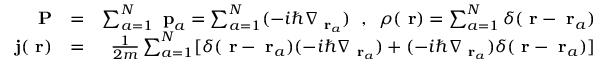
\begin{array} { r l r } { \mathrm { \bf ~ P } } & { = } & { \sum _ { a = 1 } ^ { N } \mathrm { \bf ~ p } _ { a } = \sum _ { a = 1 } ^ { N } ( - i \hbar \nabla _ { \mathrm { \bf ~ r } _ { a } } ) \; \; , \; \; \rho ( \mathrm { \bf ~ r } ) = \sum _ { a = 1 } ^ { N } \delta ( \mathrm { \bf ~ r } - \mathrm { \bf ~ r } _ { a } ) } \\ { \mathrm { \bf ~ j } ( \mathrm { \bf ~ r } ) } & { = } & { \frac { 1 } { 2 m } \sum _ { a = 1 } ^ { N } [ \delta ( \mathrm { \bf ~ r } - \mathrm { \bf ~ r } _ { a } ) ( - i \hbar \nabla _ { \mathrm { \bf ~ r } _ { a } } ) + ( - i \hbar \nabla _ { \mathrm { \bf ~ r } _ { a } } ) \delta ( \mathrm { \bf ~ r } - \mathrm { \bf ~ r } _ { a } ) ] } \end{array}